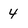
Character: 4